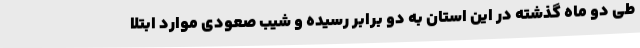
طی دو ماه گذشته در این استان به دو برابر رسیده و شیب صعودی موارد ابتلا